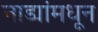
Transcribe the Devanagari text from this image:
नाड्यांमधून